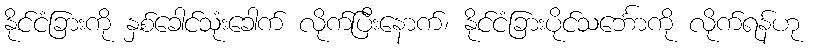
နိုင်ငံခြားကို နှစ်ခေါင်သုံးခေါက် လိုက်ပြီးနောက်၊ နိုင်ငံခြားပိုင်သင်္ဘောကို လိုက်ရန်ဟု